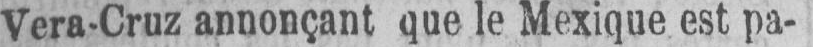
Vera-Cruz annonçant que le Mexique est pa-